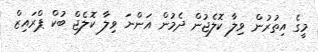
މީގެ އިތުރުން ވިލާ ކޮލެޖުން ދެމުން އަންނަ ވިލާ ކޮލެޖް ބުކް ޕްރައިޒް